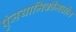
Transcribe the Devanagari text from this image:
पुंजयामिकीमधील